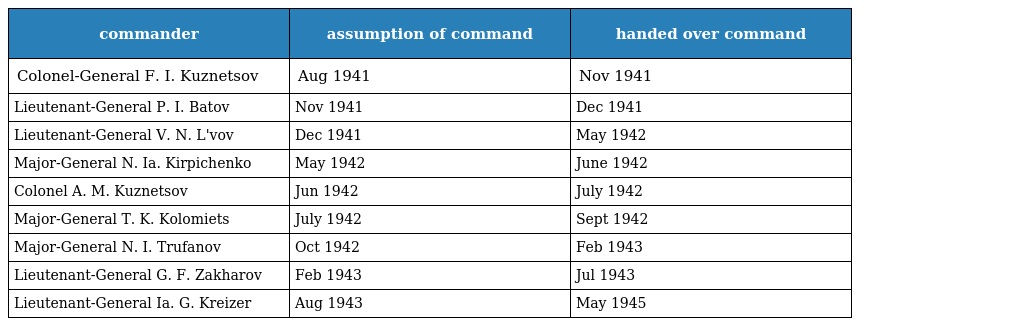
| commander | assumption of command | handed over command |
 | --- | --- | --- |
 | Colonel-General F. I. Kuznetsov | Aug 1941 | Nov 1941 |
 | Lieutenant-General P. I. Batov | Nov 1941 | Dec 1941 |
 | Lieutenant-General V. N. L'vov | Dec 1941 | May 1942 |
 | Major-General N. Ia. Kirpichenko | May 1942 | June 1942 |
 | Colonel A. M. Kuznetsov | Jun 1942 | July 1942 |
 | Major-General T. K. Kolomiets | July 1942 | Sept 1942 |
 | Major-General N. I. Trufanov | Oct 1942 | Feb 1943 |
 | Lieutenant-General G. F. Zakharov | Feb 1943 | Jul 1943 |
 | Lieutenant-General Ia. G. Kreizer | Aug 1943 | May 1945 |